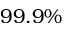
9 9 . 9 \%